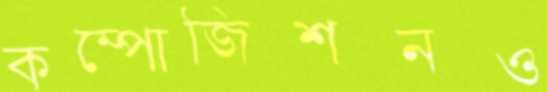
কম্পোজিশনও